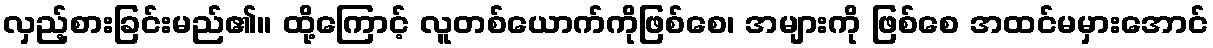
လှည့်စားခြင်းမည်၏။ ထို့ကြောင့် လူတစ်ယောက်ကိုဖြစ်စေ၊ အများကို ဖြစ်စေ အထင်မမှားအောင်